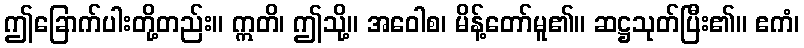
ဤခြောက်ပါးတို့တည်း။ ဣတိ၊ ဤသို့။ အဝေါစ၊ မိန့်တော်မူ၏။ ဆဋ္ဌသုတ်ပြီး၏။ ဧကံ၊